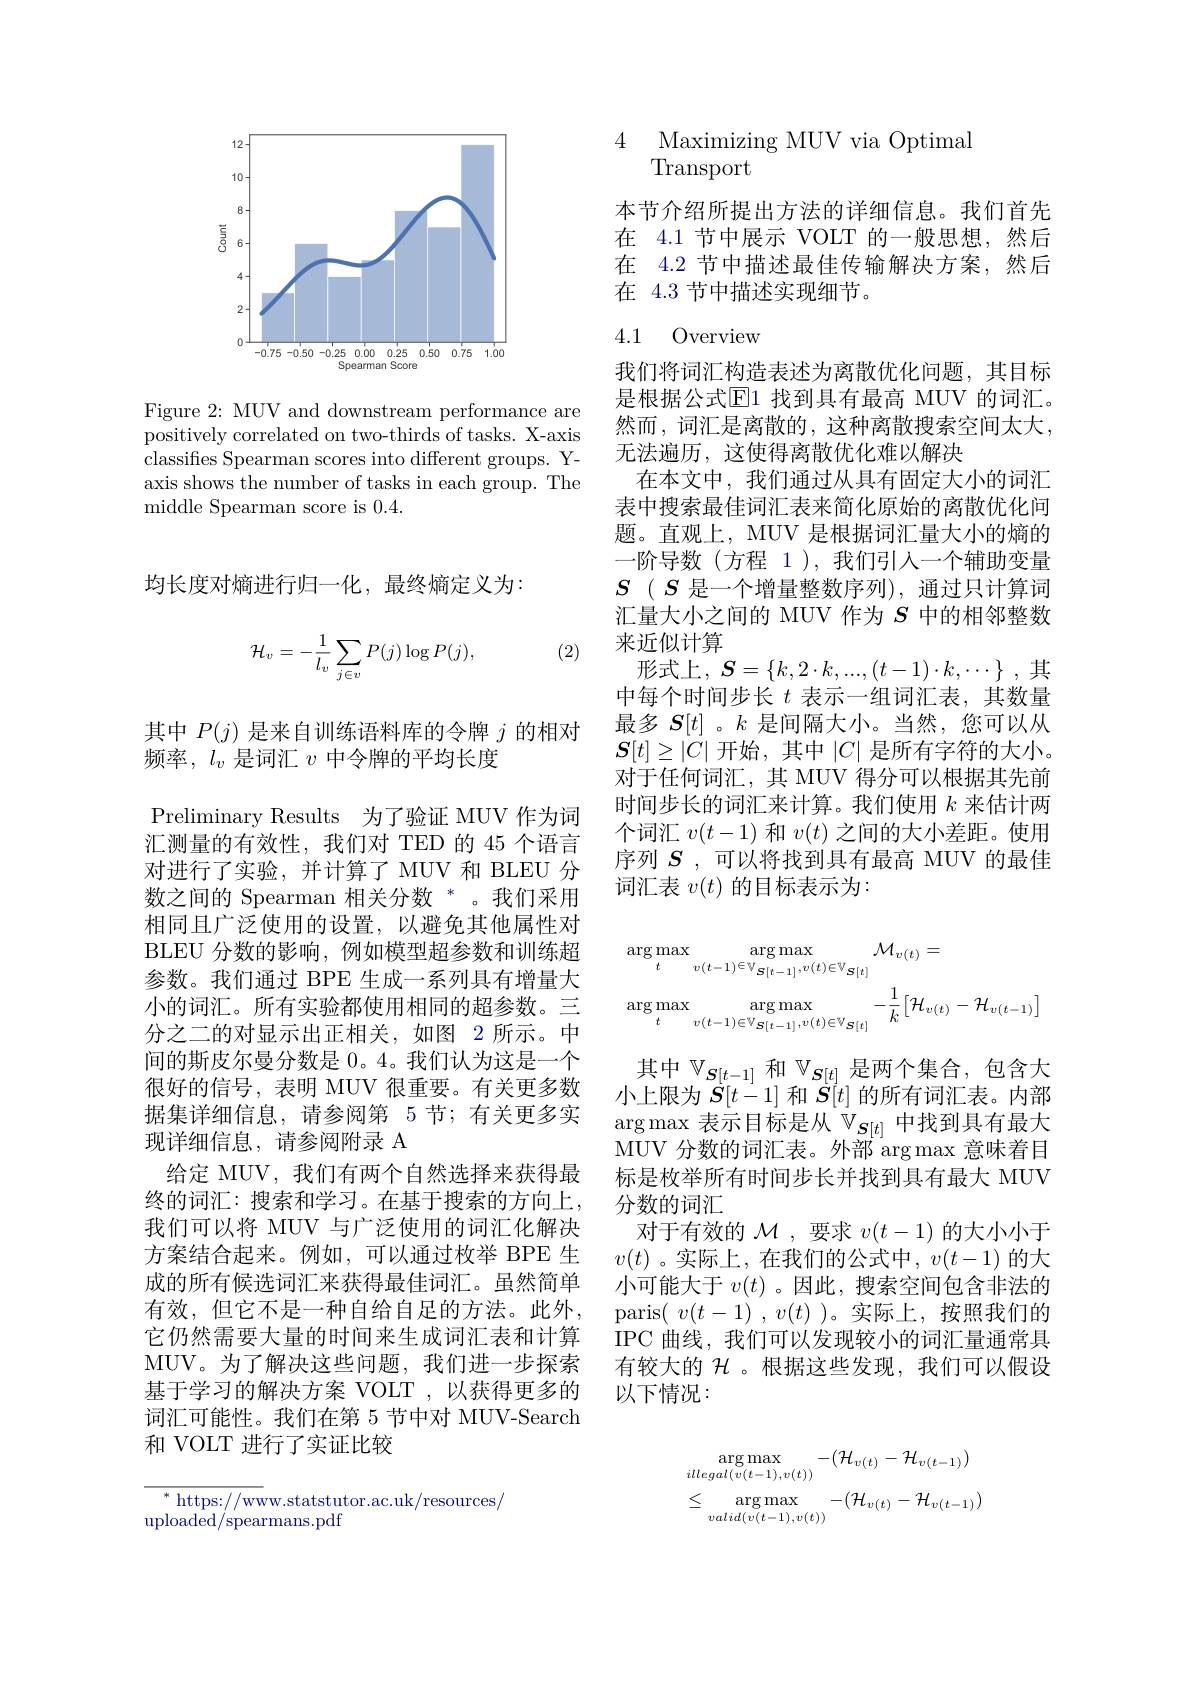
<FigureHere>

Figure 2: MUV and downstream performance are positively correlated on two-thirds of tasks. X-axis classifies Spearman scores into different groups. Yaxis shows the number of tasks in each group. The middle Spearman score is 0.4.

均长度对熵进行归一化，最终熵定义为：

(2)
$$\begin{aligned}\mathcal{H}_v=-\frac{1}{l_v}\sum_{j\in v}P(j)\log P(j),\end{aligned}$$
其中$P(j)$是来自训练语料库的令牌$j$的相对
频率，$l_v$是词汇$v$中令牌的平均长度
Preliminary Results 为了验证 MUV 作为词汇测量的有效性，我们对 TED 的 45 个语言对进行了实验，并计算了 MUV 和 BLEU 分数之间的 Spearman 相关分数 *。我们采用相同且广泛使用的设置，以避免其他属性对BLEU 分数的影响，例如模型超参数和训练超参数。我们通过 BPE 生成一系列具有增量大小的词汇。所有实验都使用相同的超参数。三分之二的对显示出正相关，如图 2 所示。中间的斯皮尔曼分数是 0。4。我们认为这是一个很好的信号，表明 MUV 很重要。有关更多数据集详细信息，请参阅第 5 节；有关更多实现详细信息，请参阅附录 A
给定 MUV, 我们有两个自然选择来获得最终的词汇：搜索和学习。在基于搜索的方向上， 我们可以将 MUV 与广泛使用的词汇化解决方案结合起来。例如，可以通过枚举 BPE 生成的所有候选词汇来获得最佳词汇。虽然简单有效，但它不是一种自给自足的方法。此外， 它仍然需要大量的时间来生成词汇表和计算MUV。为了解决这些问题，我们进一步探索基于学习的解决方案 VOLT ,以获得更多的词汇可能性。我们在第 5 节中对 MUV-Search 和 VOLT 进行了实证比较

$^*$ https://www.statstutor.ac.uk/resources/
${\mathrm{uploaded/spearmans.pdf}}$

4 Maximizing MUV via Optimal
Transport

本节介绍所提出方法的详细信息。我们首先在 4.1 节中展示 VOLT 的一般思想，然后在 4.2 节中描述最佳传输解决方案，然后在 4.3 节中描述实现细节。

## 4.1 Overview

我们将词汇构造表述为离散优化问题，其目标是根据公式$\overline{\mathrm{E}}$1 找到具有最高 MUV 的词汇。然而，词汇是离散的，这种离散搜索空间太大， 无法遍历，这使得离散优化难以解决
在本文中，我们通过从具有固定大小的词汇表中搜索最佳词汇表来简化原始的离散优化问题。直观上，MUV 是根据词汇量大小的熵的一阶导数(方程 1),我们引人一个辅助变量$S$ ( $S$是一个增量整数序列),通过只计算词汇量大小之间的 MUV 作为$S$中的相邻整数来近似计算
形式上，$\boldsymbol S=\{k,2\cdot k,...,(t-1)\cdot k,\cdots\}$ ,其中每个时间步长$t$表示一组词汇表，其数量最多$\boldsymbol{S}[t]$ 。$k$是间隔大小。当然，您可以从$\boldsymbol{S}[t]\geq|C|$ 开始，其中$|C|$ 是所有字符的大小。对于任何词汇，其 MUV 得分可以根据其先前时间步长的词汇来计算。我们使用$k$来估计两个词汇$v(t-1)$和$v(t)$之间的大小差距。使用序列$S$ ,可以将找到具有最高 MUV 的最佳词汇表$v(t)$的目标表示为：
$$\begin{aligned}&\arg\max_{t}\max_{v(t-1)\in\mathbb{V}_{\mathbf{S}[t-1]},v(t)\in\mathbb{V}_{\mathbf{S}[t]}}\mathcal{M}_{v(t)}=\\&\arg\max_{t}\arg\max_{v(t-1)\in\mathbb{V}_{\mathbf{S}[t-1]},v(t)\in\mathbb{V}_{\mathbf{S}[t]}}-\frac{1}{k}\big[\mathcal{H}_{v(t)}-\mathcal{H}_{v(t-1)}\big]\end{aligned}$$
其中$\mathbb{V}_{S[t-1]}$和$\mathbb{V}_{\boldsymbol{S}[t]}$是两个集合，包含大小上限为$\dot{S}[t-1]$和$\dot{S}[t]$的所有词汇表。内部$\arg\max$表示目标是从$\mathbb{V}_{\boldsymbol{S}[t]}$中找到具有最大MUV 分数的词汇表。外部 arg max 意味着目标是枚举所有时间步长并找到具有最大 MUV 分数的词汇
对于有效的$\mathcal{M}$ ,要求$v(t-1)$的大小小于$v(t)$ 。实际上，在我们的公式中$,v(t-1)$ 的大小可能大于$v(t)$ 。因此，搜索空间包含非法的paris( $v( t- 1)$ , $v( t)$ )。实际上，按照我们的IPC 曲线，我们可以发现较小的词汇量通常具有较大的$\mathcal{H}$ 。根据这些发现，我们可以假设以下情况：
$$\begin{aligned}&\arg\max_{illegal(v(t-1),v(t))}-(\mathcal{H}_{v(t)}-\mathcal{H}_{v(t-1)})\\&\leq\arg\max_{valid(v(t-1),v(t))}-(\mathcal{H}_{v(t)}-\mathcal{H}_{v(t-1)})\end{aligned}$$